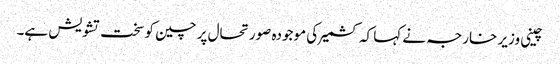
چینی وزیر خارجہ نے کہا کہ کشمیر کی موجودہ صورتحال پر چین کو سخت تشویش ہے۔